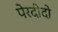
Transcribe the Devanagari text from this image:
पेरदीदो